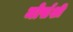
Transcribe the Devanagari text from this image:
मोर्सशी